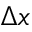
\Delta x